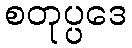
စတုပ္ပဒေ